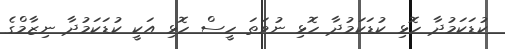
ކުޑަކަމުދާ ހޮޅި ކުޑަކަމުދާ ހޮޅި ނުވަތަ ހީސް ހޮޅި އަކީ ކުޑަކަމުދާ ނިޒާމްގެ